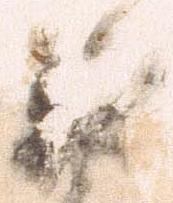
義